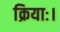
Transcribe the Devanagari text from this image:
क्रियाः।